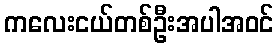
ကလေးငယ်တစ်ဦးအပါအဝင်